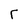
Character: r